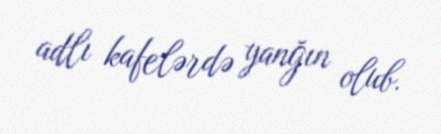
adlı kafelərdə yanğın olub.